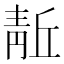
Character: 𬰘